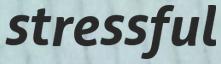
stressful